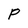
Character: P